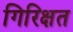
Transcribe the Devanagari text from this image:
गिरिक्षत